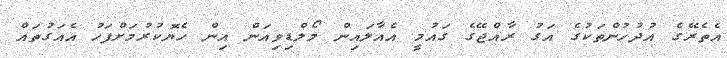
އެތެރޭގެ އުދުހުންތަކުގެ އަގު ރާއްޖޭގެ ގައުމީ އެއާލައިން މޯލްޑިވިއަން އިން ހެޔޮކުރުމަށްފަހު އެއަގުތައް